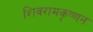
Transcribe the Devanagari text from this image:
शिवरामकॄष्णन